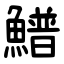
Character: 䲕